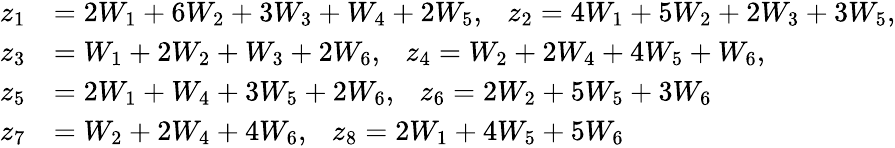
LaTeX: \begin{array}{rl}{z_{1}}&{=2W_{1}+6W_{2}+3W_{3}+W_{4}+2W_{5},\ \ \ z_{2}=4W_{1}+5W_{2}+2W_{3}+3W_{5},}\\ {z_{3}}&{=W_{1}+2W_{2}+W_{3}+2W_{6},\ \ \ z_{4}=W_{2}+2W_{4}+4W_{5}+W_{6},}\\ {z_{5}}&{=2W_{1}+W_{4}+3W_{5}+2W_{6},\ \ \ z_{6}=2W_{2}+5W_{5}+3W_{6}}\\ {z_{7}}&{=W_{2}+2W_{4}+4W_{6},\ \ \ z_{8}=2W_{1}+4W_{5}+5W_{6}}\end{array}